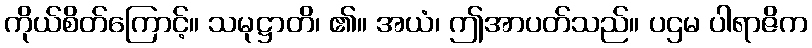
ကိုယ်စိတ်ကြောင့်။ သမုဋ္ဌာတိ၊ ၏။ အယံ၊ ဤအာပတ်သည်။ ပဌမ ပါရာဇိက